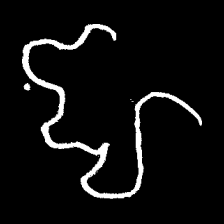
Pyu character \u2014 Myanmar letter: ဈ (romanized: jha)